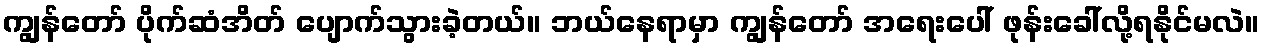
ကျွန်တော် ပိုက်ဆံအိတ် ပျောက်သွားခဲ့တယ်။ ဘယ်နေရာမှာ ကျွန်တော် အရေးပေါ် ဖုန်းခေါ်လို့ရနိုင်မလဲ။